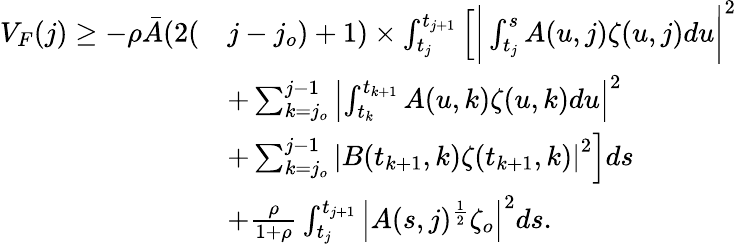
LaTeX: \begin{array}{rl}{V_{F}(j)\geq-\rho\bar{A}(2(}&{j-j_{o})+1)\times\int_{t_{j}}^{t_{j+1}}\left[\bigg|\int_{t_{j}}^{s}A(u,j)\zeta(u,j)du\bigg|^{2}\right.}\\ &{\left.+\sum_{k=j_{o}}^{j-1}\left|\int_{t_{k}}^{t_{k+1}}A(u,k)\zeta(u,k)du\right|^{2}\right.}\\ &{\left.+\sum_{k=j_{o}}^{j-1}\left|B(t_{k+1},k)\zeta(t_{k+1},k)\right|^{2}\right]ds}\\ &{+\frac{\rho}{1+\rho}\int_{t_{j}}^{t_{j+1}}\left|A(s,j)^{\frac{1}{2}}\zeta_{o}\right|^{2}ds.}\end{array}